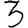
Digit: 3